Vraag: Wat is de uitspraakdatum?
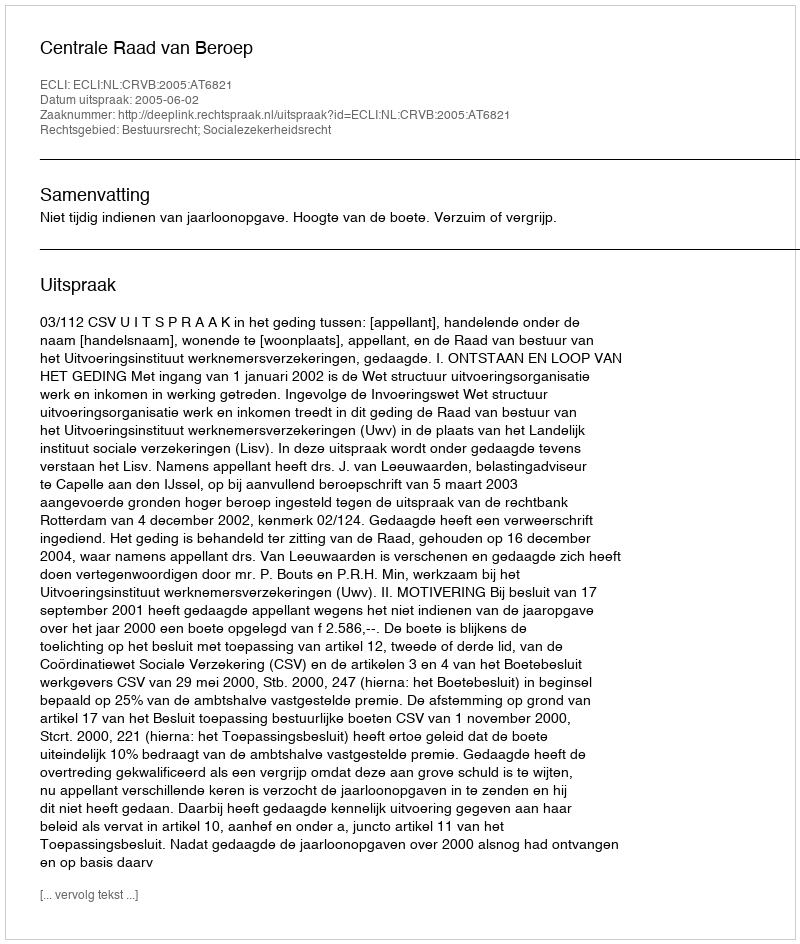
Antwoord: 2005-06-02